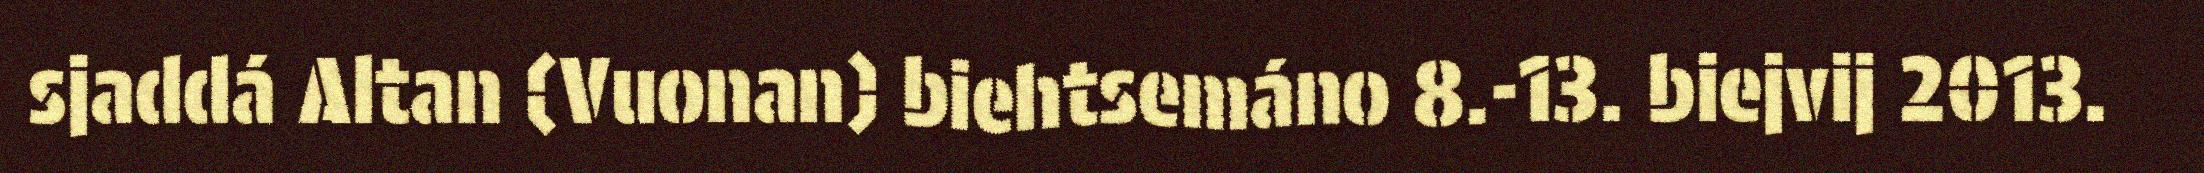
sjaddá Altan (Vuonan) biehtsemáno 8.-13. biejvij 2013.